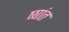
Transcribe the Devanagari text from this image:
ष्षांत